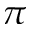
\pi